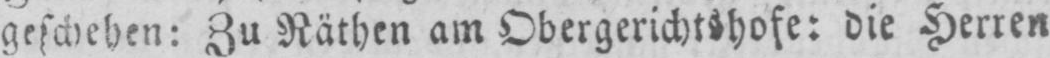
geschehen: Zu Räthen am Obergerichtshofe: die Herren